Sketch of the medical history of the native army of Bombay, for the year
Year: 1870
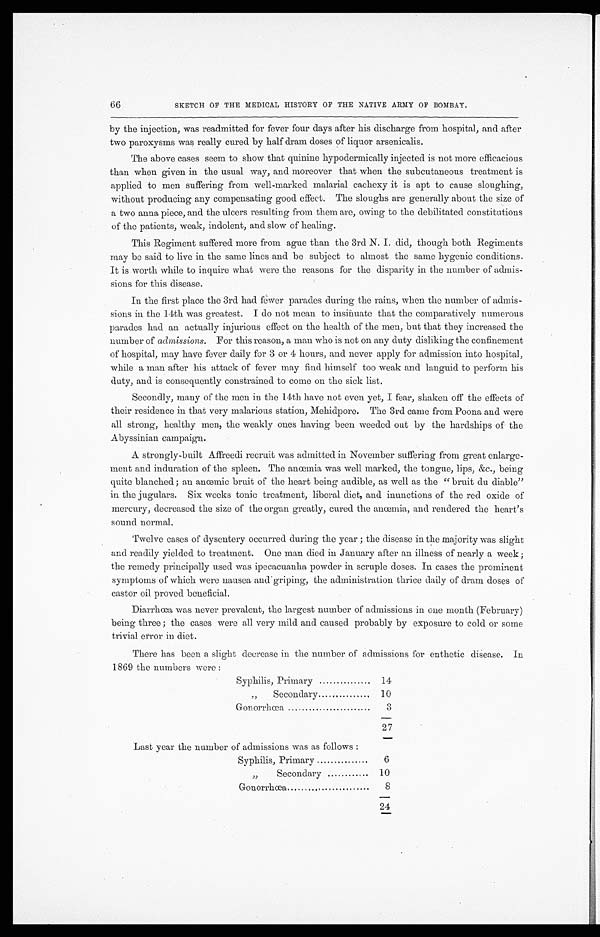
66
SKETCH OF THE MEDICAL HISTORY OF THE NATIVE ARMY OF BOMBAY.
by the injection, was readmitted for fever four days after his discharge from hospital, and after
two paroxysms was really cured by half dram doses of liquor arsenicalis.
The above cases seem to show that quinine hypodermically injected is not more efficacious
than when given in the usual way, and moreover that when the subcutaneous treatment is
applied to men suffering from well-marked malarial cachexy it is apt to cause sloughing,
without producing any compensating good effect. The sloughs are generally about the size of
a two anna piece, and the ulcers resulting from them are, owing to the debilitated constitutions
of the patients, weak, indolent, and slow of healing.
This Regiment suffered more from ague than the 3rd N. I. did, though both Regiments
may be said to live in the same lines and be subject to almost the same hygenic conditions.
It is worth while to inquire what were the reasons for the disparity in the number of admis
-sions for this disease.
In the first place the 3rd had fewer parades during the rains, when the number of admis
-sions in the 14th was greatest. I do not mean to insinuate that the comparatively numerous
parades had an actually injurious effect on the health of the men, but that they increased the
number of admissions . For this reason, a man who is not on any duty disliking the confinement
of hospital, may have fever daily for 3 or 4 hours, and never apply for admission into hospital,
while a man after his attack of fever may find himself too weak and languid to perform his
duty, and is consequently constrained to come on the sick list.
Secondly, many of the men in the 14th have not even yet, I fear, shaken off the effects of
their residence in that very malarious station, Mehidpore. The 3rd came from Poona and were
all strong, healthy men, the weakly ones having been weeded out by the hardships of the
Abyssinian campaign.
A strongly-built Affreedi recruit was admitted in November suffering from great enlarge
-ment and induration of the spleen. The anœmia was well marked, the tongue, lips, &c., being
quite blanched ; an anœmic bruit of the heart being audible, as well as the "bruit du liable"
in the jugulars. Six weeks tonic treatment, liberal diet, and inunctions of the red oxide of
mercury, decreased the size of the organ greatly, cured the anaemia, and rendered the heart's
sound normal.
Twelve cases of dysentery occurred during the year ; the disease in the majority was slight
and readily yielded to treatment. One man died in January after an illness of nearly a week ;
the remedy principally used was ipecacuanha powder in scruple doses. In cases the prominent
symptoms of which were nausea and griping, the administration thrice daily of dram doses of
castor oil proved beneficial.
Diarrhœa was never prevalent, the largest number of admissions in one month (February)
being three ; the cases were all very mild and caused probably by exposure to cold or some
trivial error ill diet.
There has been a slight decrease in the number of admissions for enthetic disease. In
1869 the number were:
Syphilis, Primary . . .
14
" Secondary . . . 10
Gonorrhœa . . .
3
27
Last year the number of admissions was as follows :
Syphilis, Primary . . .
6
" S e c o n d a r y . . .
10
Gonorrhœa . . .
8
24